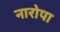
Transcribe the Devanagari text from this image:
नारोपा